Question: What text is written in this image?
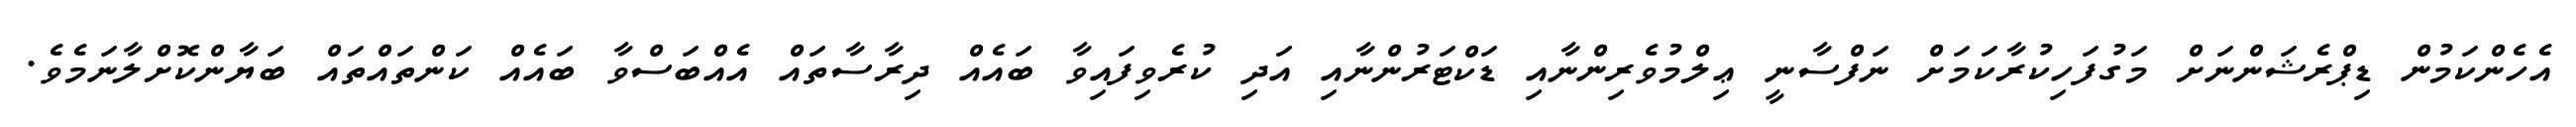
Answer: އެހެންކަމުން ޑިޕްރެޝަންނަށް މަގުފަހިކުރާކަމަށް ނަފްސާނީ ޢިލްމުވެރިންނާއި ޑަކްޓަރުންނާއި އަދި ކުރެވިފައިވާ ބައެއް ދިރާސާތައް އެއްބަސްވާ ބައެއް ކަންތައްތައް ބަޔާންކޮށްލާނަމެވެ.